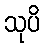
သုပိ